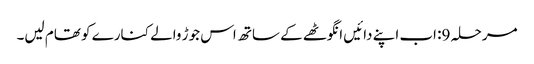
مرحلہ 9: اب اپنے دائیں انگوٹھے کے ساتھ اس جوڑ والے کنارے کو تھام لیں۔